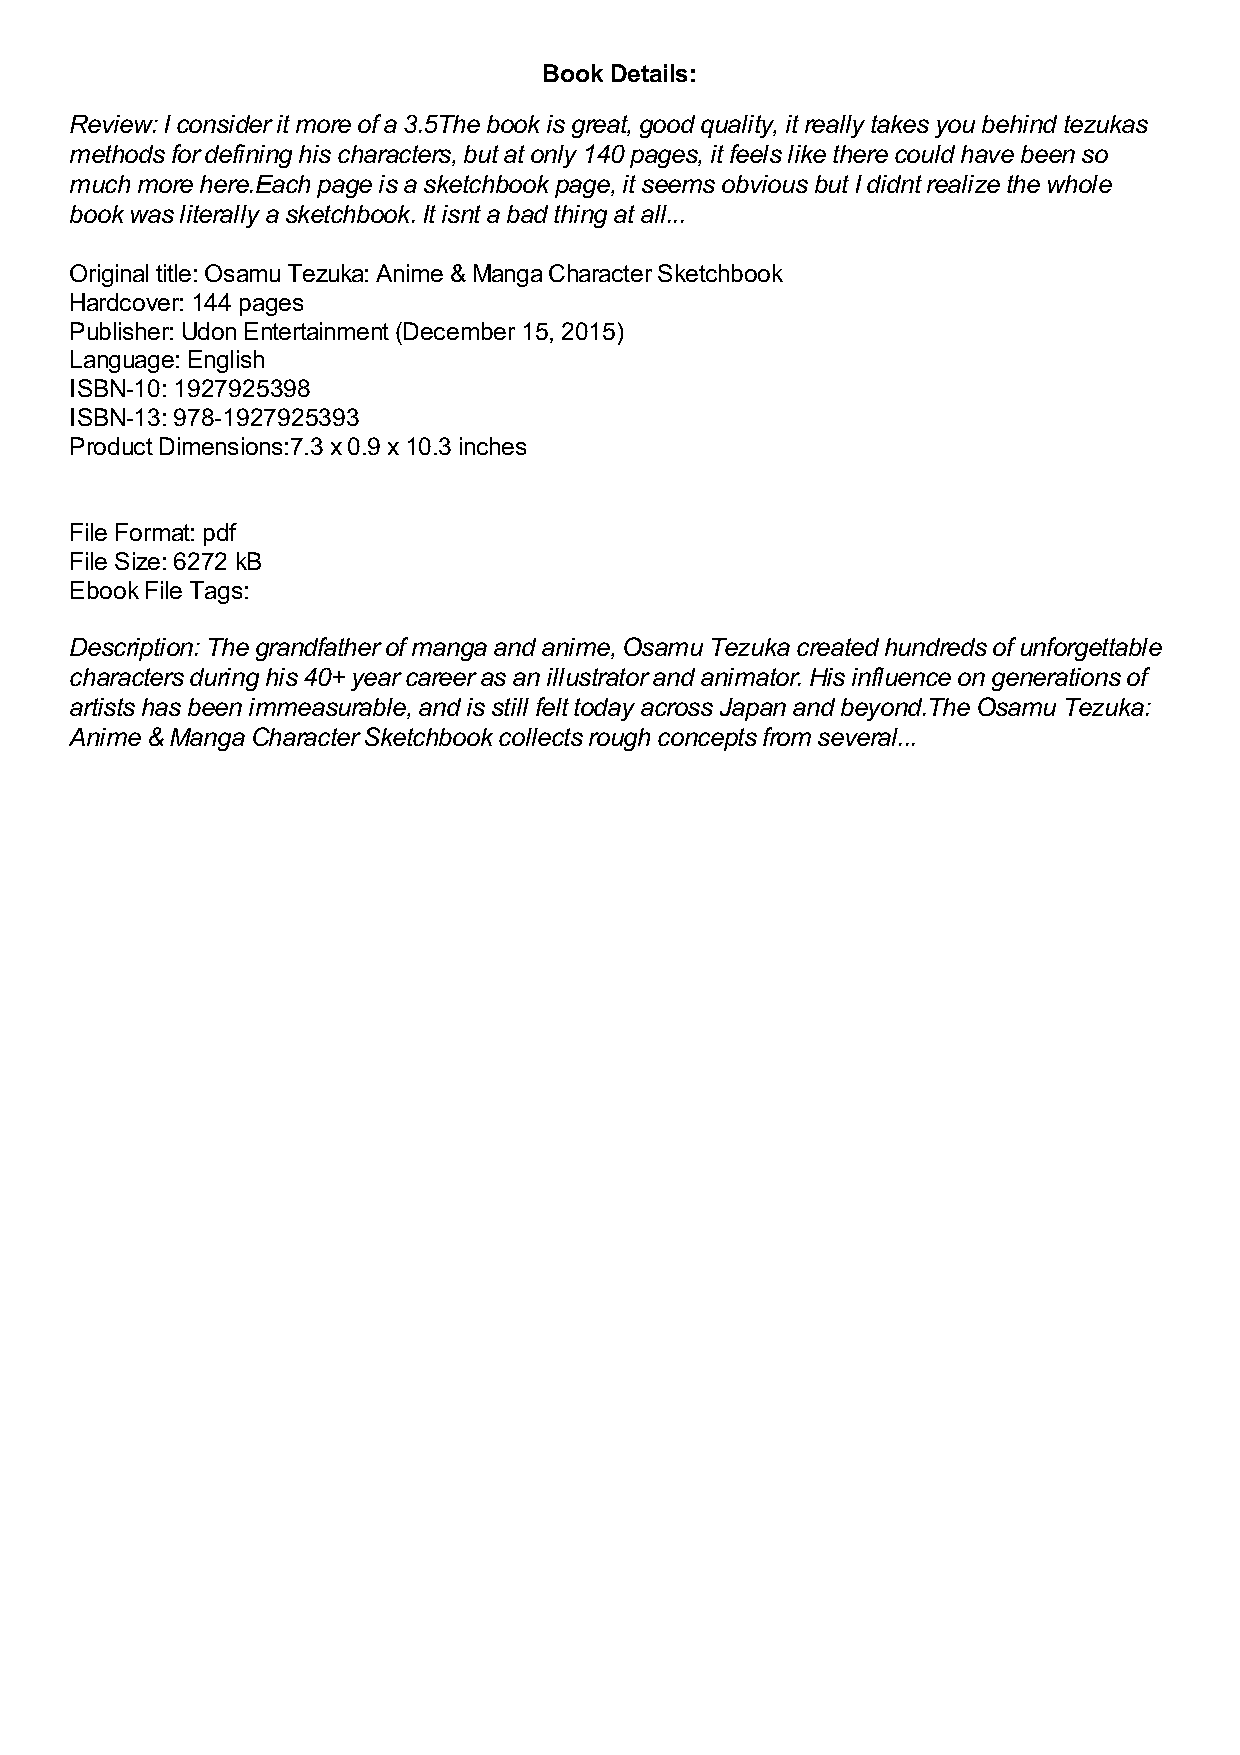
Book Details:
 Review: I consider it more of a 3.5The book is great, good quality, it really takes you behind tezukas
 methods for defining his characters, but at only 140 pages, it feels like there could have been so
 much more here.Each page is a sketchbook page, it seems obvious but I didnt realize the whole
 book was literally a sketchbook. It isnt a bad thing at all...
 Original title: Osamu Tezuka: Anime & Manga Character Sketchbook
 Hardcover: 144 pages
 Publisher: Udon Entertainment (December 15, 2015)
 Language: English
 ISBN-10: 1927925398
 ISBN-13: 978-1927925393
 Product Dimensions:7.3 x 0.9 x 10.3 inches
 File Format: pdf
 File Size: 6272 kB
 Ebook File Tags:
 Description: The grandfather of manga and anime, Osamu Tezuka created hundreds of unforgettable
 characters during his 40+ year career as an illustrator and animator. His influence on generations of
 artists has been immeasurable, and is still felt today across Japan and beyond.The Osamu Tezuka:
 Anime & Manga Character Sketchbook collects rough concepts from several...